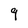
Character: 9